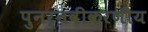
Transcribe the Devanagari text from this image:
पुनर्नवीकरणीय